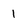
Character: 1